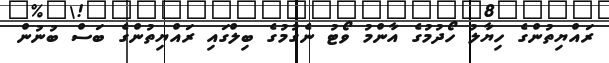
ރައްޔިތުންގެ ހިޔާލު ހޯދުމުގެ އާންމު ވޯޓު ނެގުމުގެ ބިލްގައި ރައްޔިތުންގެ ބަސް ބުނުން